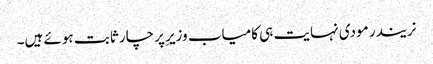
نریندر مودی نہایت ہی کامیاب وزیرِ پرچار ثابت ہوئے ہیں۔